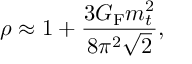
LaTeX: \rho \approx 1 + \frac { 3 G _ { \mathrm { F } } m _ { t } ^ { 2 } } { 8 \pi ^ { 2 } \sqrt { 2 } } ,